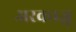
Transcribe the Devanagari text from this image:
अरकाज़ू